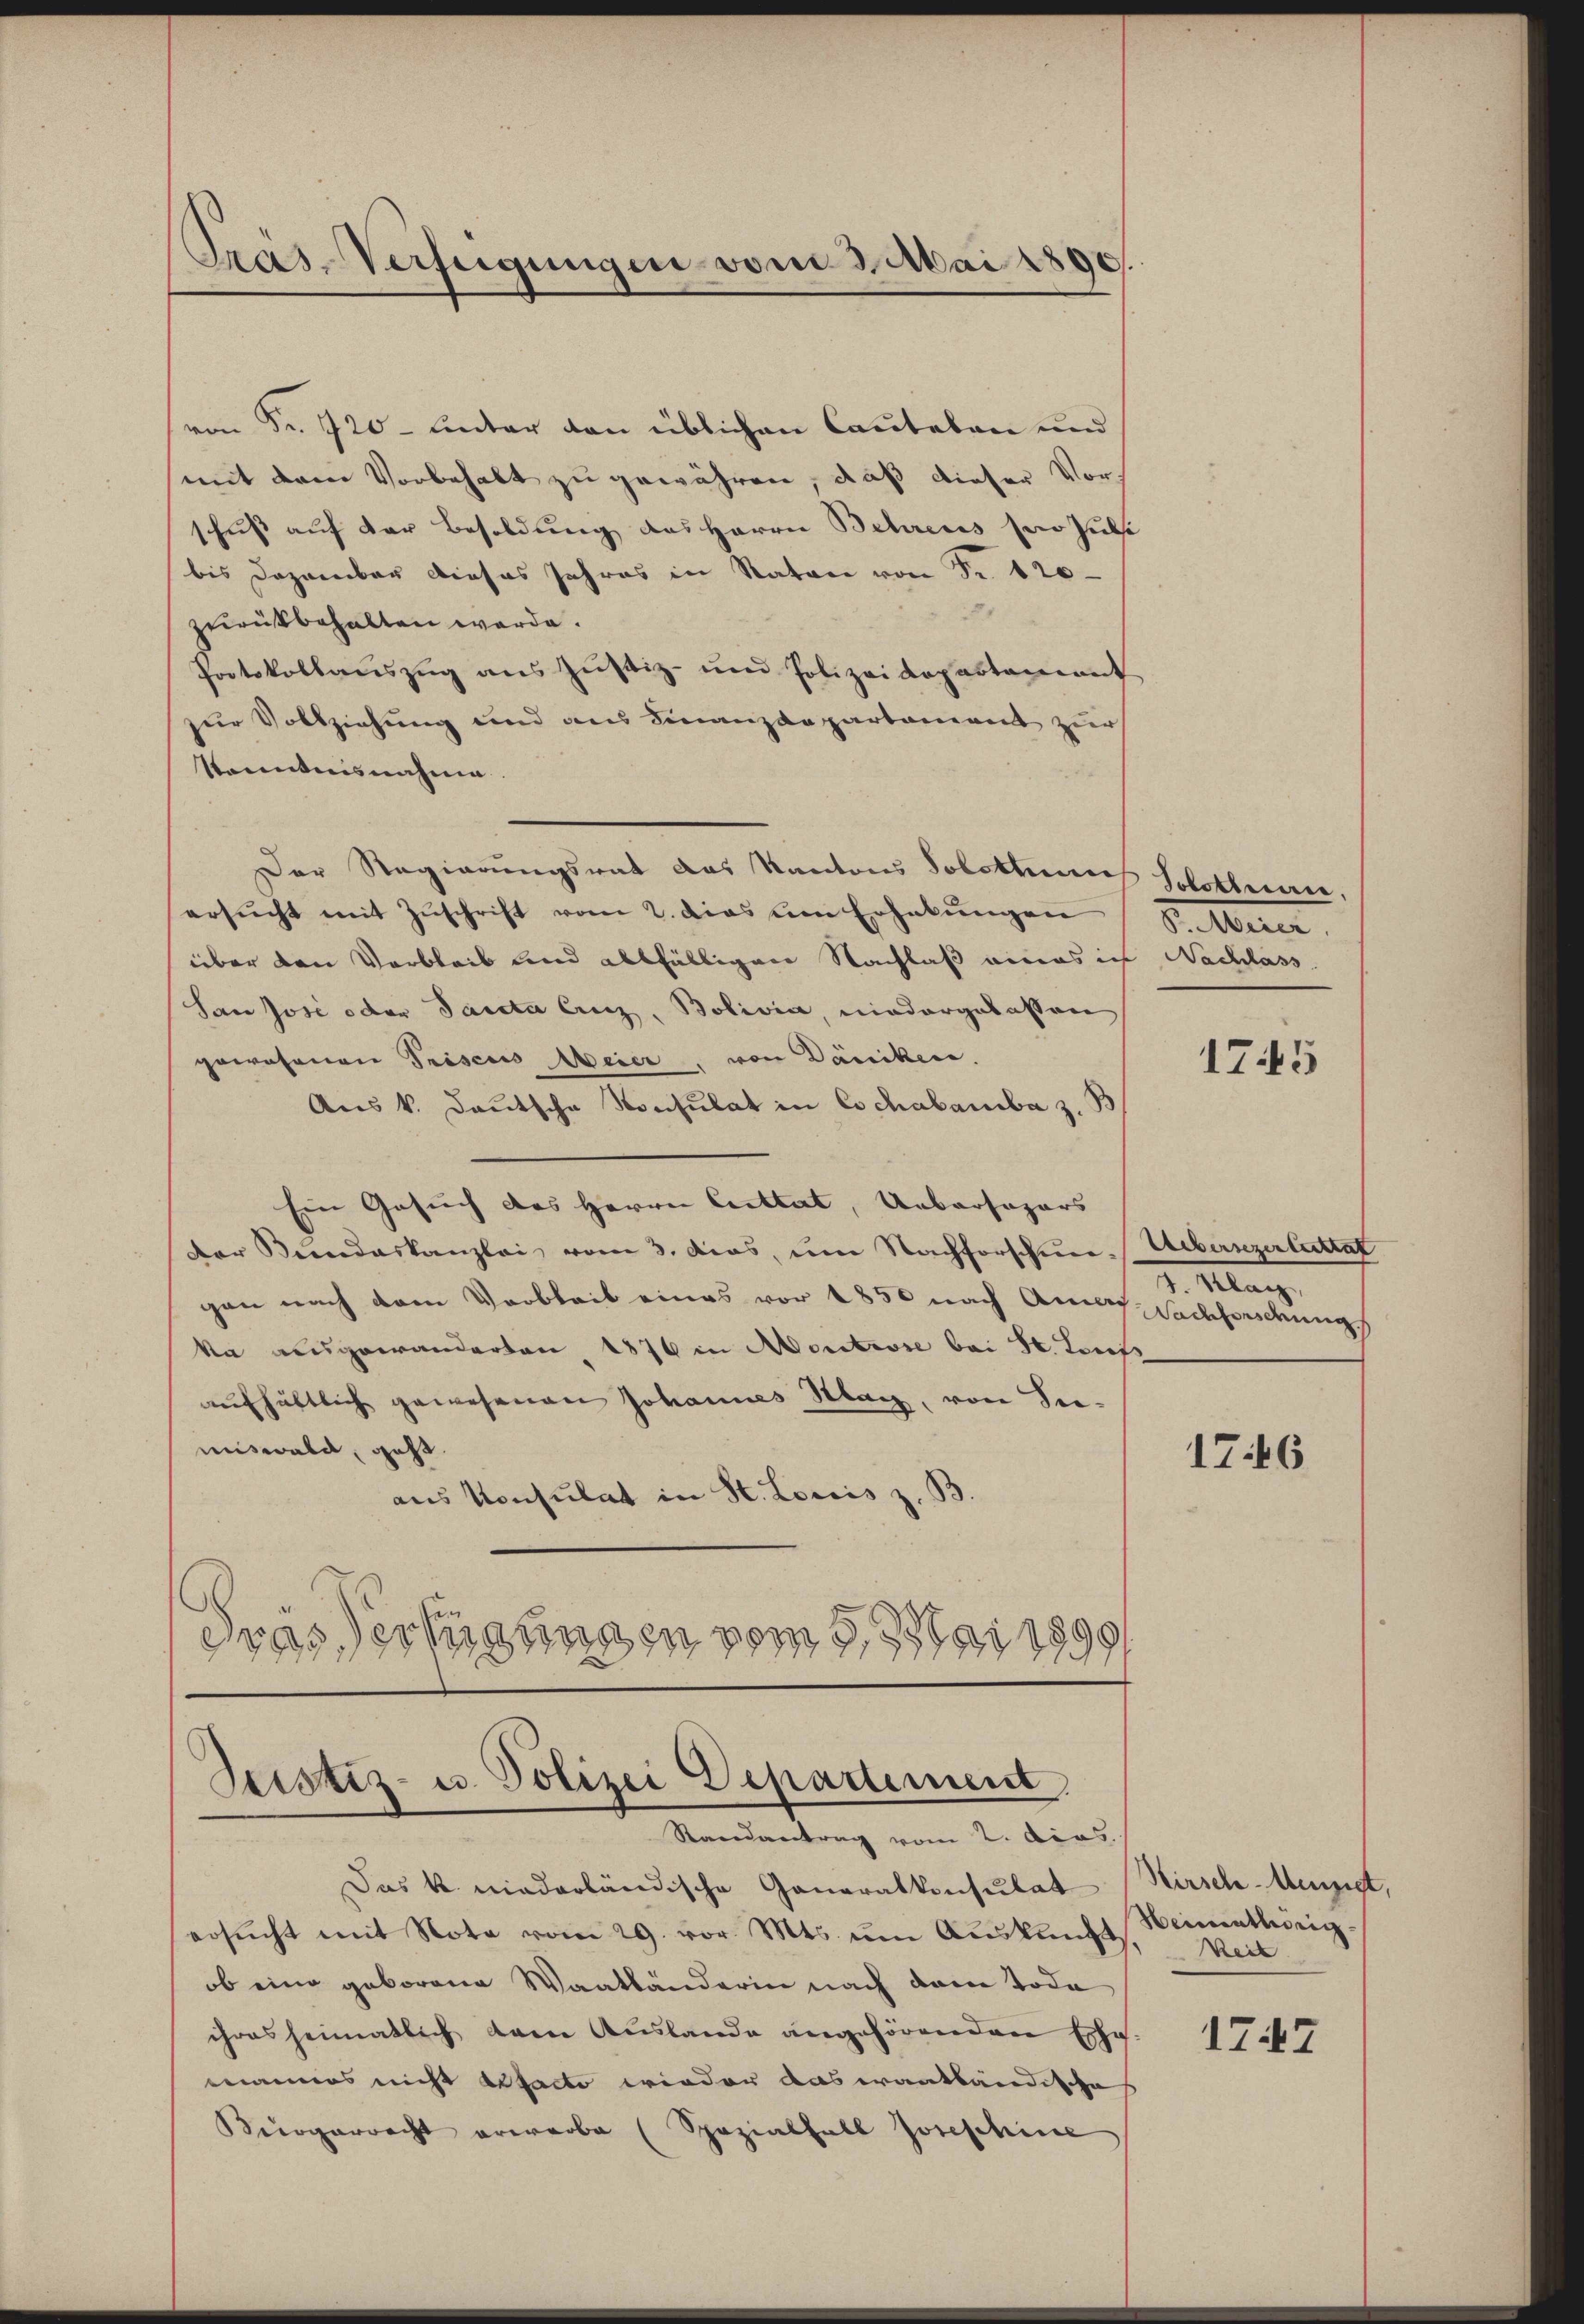
Pras-Verfügungen vom 3. Mai 1890

von Fr. 120 - unter den üblichen Cautelen und
mit dem Vorbehalt zu gewähren, daß dieser Vors
schuß auf der Besoldung des Herrn Behrens zur Zule
bis Dezember dieses Jahres in Raten von Fr. 120
zurükbehalten werde.
Protokollauszug aus Justiz- und Polizeidepartement
zur Vollziehung und aus Finanzdepartament zur
kanntnisnahme.
Der Regierungsrat das Kantons Solothums Solothurer,
ersŭcht mit Zŭschrift vom 2. dies um Erhebŭngen
über den Verbleib und allfälligen Nachlaß einas ich Nachlass
San Josi oder Sancta Cunz, Bolivia, niedergelassen
gewesenen Preiser Meier, von Däniken.
Aus V. Deutsche Konsulat in Cochabarbar z.
Ein Gesuch des Herrn Cuttat, Uebersagers
Der Bundeskanzlei vom 3. das, um Nachforschen-Uebernzertuttat
gen nach dem Varbleib eines vor 1850 nach Annas Sachforschungs
ka ausgewanderten 1876 in Montrose bei St. Louiss
aŭfhältlich gewesenen Johannes Klag, von Seemiswald, geht.
aus Konsulat in St. Louis z. B.
Gras erfügungen vom 5. 11 1899.

Das k. niederländische Generalkonsulat (Hirsch-Meuzigt,
ersucht mit Nota vom 29. vor. Mts. um Auskunft
ob eine geborene Waatbänderin nach dem Tode
ihres heimatlich dann Auslande angehörenden Ehe.
mannes nicht aufacto wieder das wantländische
Bürgerrecht erwarbe (Spezialfall Josephine

Justiz- u. Polizei Departement,
Randantrag vom 2. ders.

S. berer

1745

2. Mag.

1746

Heimathörig
Beir

17.7